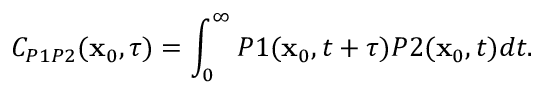
C _ { P 1 P 2 } ( \mathbf { x } _ { 0 } , \tau ) = \int _ { 0 } ^ { \infty } P 1 ( \mathbf { x } _ { 0 } , t + \tau ) P 2 ( \mathbf { x } _ { 0 } , t ) d t .